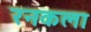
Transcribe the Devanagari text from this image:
रनकला